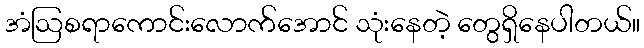
အံဩစရာကောင်းလောက်အောင် သုံးနေတဲ့ တွေရှိနေပါတယ်။